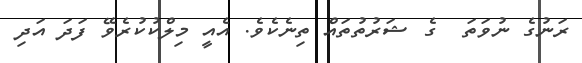
ރަނުގެ ނުވަތަ  ގެ ޝަރުތުތައް ތިނެކެވެ. އެއީ މިލްކުކުރެވޭ ފަދަ އަދި